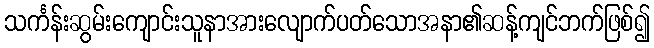
သင်္ကန်းဆွမ်းကျောင်းသူနာအားလျောက်ပတ်သောအနာ၏ဆန့်ကျင်ဘက်ဖြစ်၍